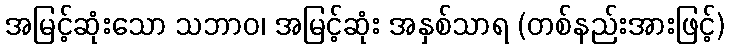
အမြင့်ဆုံးသော သဘာဝ၊ အမြင့်ဆုံး အနှစ်သာရ (တစ်နည်းအားဖြင့်)